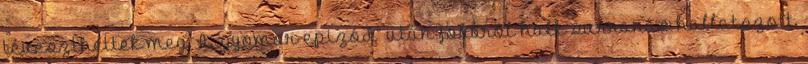
téveszthettek meg. A „gyomor-epizód” után jobbról halk surranás hallatszott,